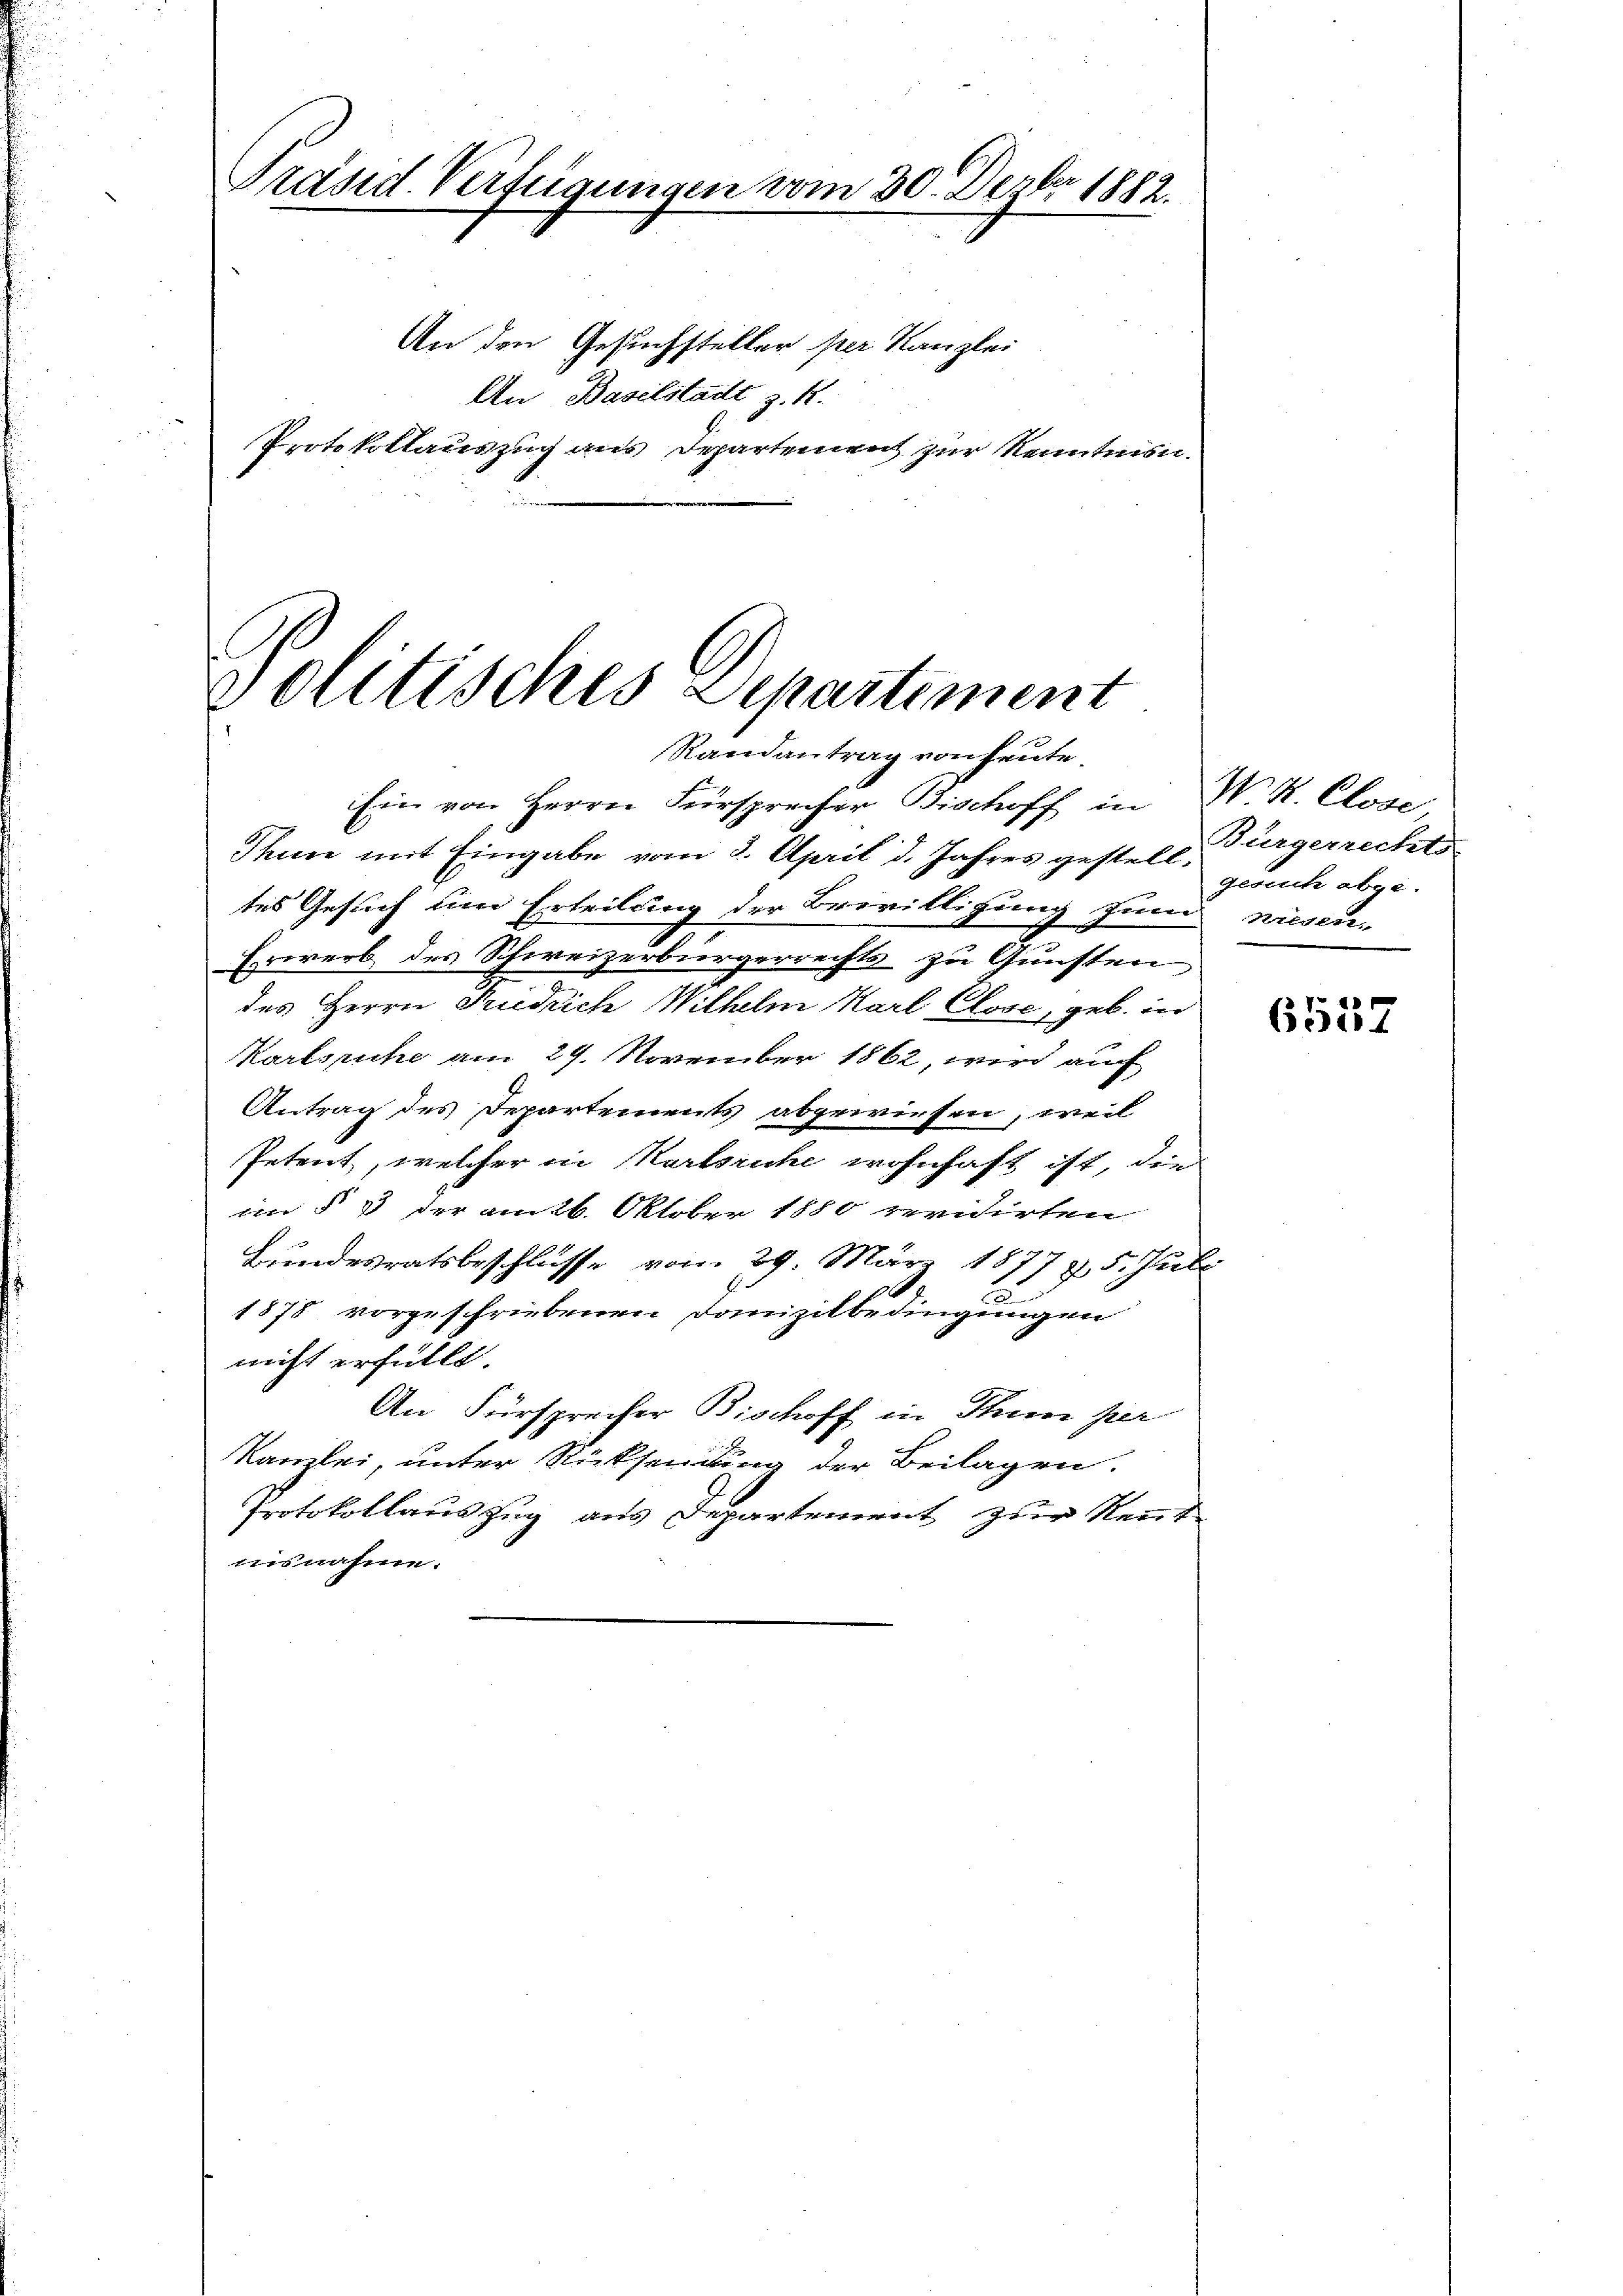
Präsid. Verfügungen vom 30. Dezbr. 1882.
An den Gesuchsteller per Kanzlei
An Baselstadt z. R.
Protokollauszug aus Departement zur Kenntnisn

volitisches Departiment
Randantrag von heute.

Ein von Herrn Fürsprecher Bischoff in
Thun mit Eingabe vom 3. April d. Jahres gestell
tes Gesuch um Erteilung der Bewilligung zum
Erwerb des Schweizerbürgerrechts zu Gunsten
des Herrn Friedrich Wilhelm Karl Chore, geb. in
Karlsruhe am 29. November 1862, wird auch
Antrag des Departements abgewiesen, weil
Petent, welcher in Karlsruhe wohnhaft ist, die
in § 8 der am 26. Oktober 1880 revidirten
Bundesratsbeschlüsse vom 29. März 1877 §. 5. Juli
1878 vorgeschriebenen Domizilbedingungen
nicht erfüllt.
An Fürsprecher Bischoff in Thun per
Kanzlei, unter Rücksendung der Beilagen.
Frotokollaus Zug aus Departement zur Rent
zunahme.

N. K. Close
Bürgerrechts
Gesuch abge-
Kriegen

6537